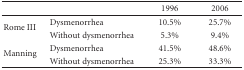
<table><thead><tr><td></td><td></td><td><b>1996</b></td><td><b>2006</b></td></tr></thead><tbody><tr><td rowspan="2">Rome III</td><td>Dysmenorrhea</td><td>10.5%</td><td>25.7%</td></tr><tr><td>Without dysmenorrhea</td><td>5.3%</td><td>9.4%</td></tr><tr><td rowspan="2">Manning</td><td>Dysmenorrhea</td><td>41.5%</td><td>48.6%</td></tr><tr><td>Without dysmenorrhea</td><td>25.3%</td><td>33.3%</td></tr></tbody></table>